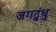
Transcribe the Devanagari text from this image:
जगद्बंधु